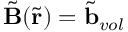
\tilde { \mathbf { B } } ( \tilde { \mathbf { r } } ) = \tilde { \mathbf { b } } _ { v o l }